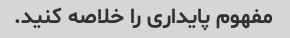
مفهوم پایداری را خلاصه کنید.